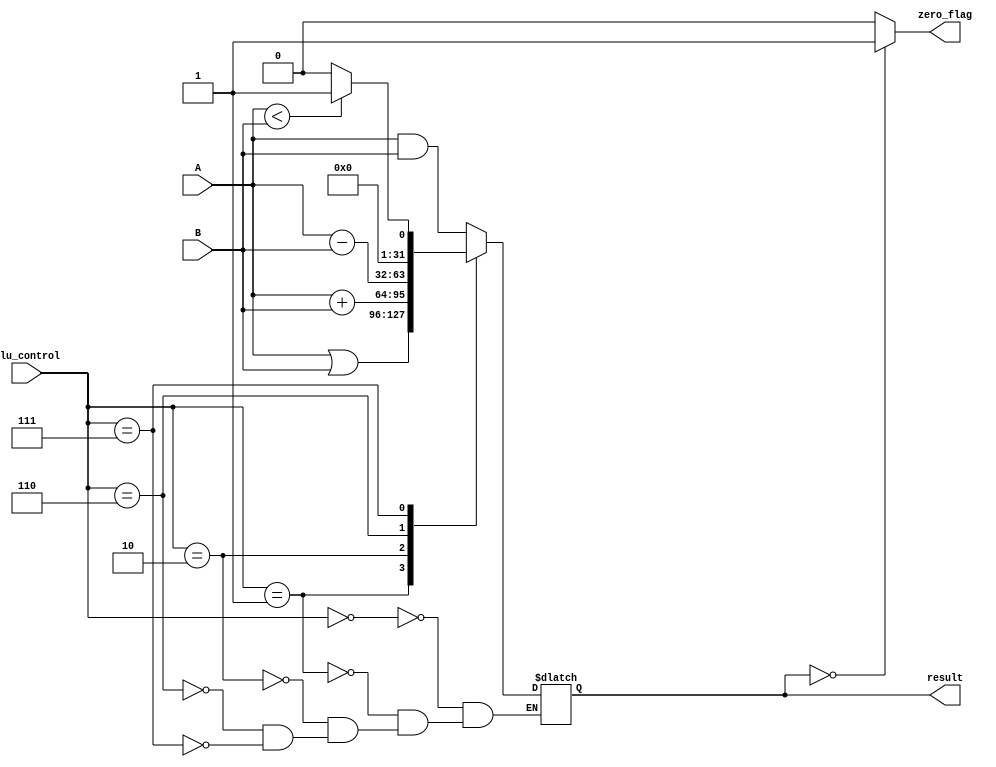
module alu(
	input [3:0]alu_control,
	input [31:0]A,
	input [31:0]B,
	output reg [31:0]result,
	output reg zero_flag
);

always@(A,B,alu_control)
begin
	case(alu_control)
		4'b0000: result = A&B;
		4'b0001: result = A|B;
		4'b0010: result = A+B;
		4'b0110: result = A-B;
		4'b0111: begin
					if (A<B) 
						result = 1'b1;
					else 
						result = 1'b0;
					end
	endcase
end

always@(result)
begin
	if (result==0)
		zero_flag = 1'b1;
	else
		zero_flag = 1'b0;
end

endmodule